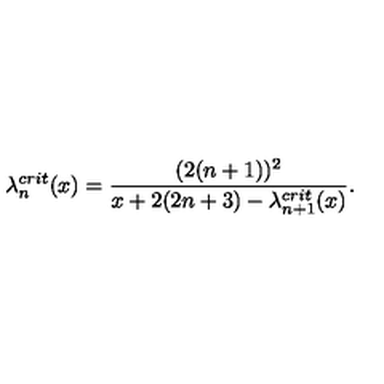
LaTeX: \lambda _ { n } ^ { c r i t } ( x ) = \frac { ( 2 ( n + 1 ) ) ^ { 2 } } { x + 2 ( 2 n + 3 ) - \lambda _ { n + 1 } ^ { c r i t } ( x ) } .